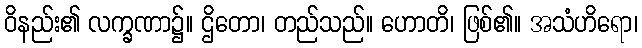
ဝိနည်း၏ လက္ခဏာ၌။ ဌိတော၊ တည်သည်။ ဟောတိ၊ ဖြစ်၏။ အသံဟိရော၊